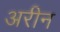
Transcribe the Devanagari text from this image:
अरीन